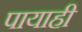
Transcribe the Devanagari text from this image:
पायाही